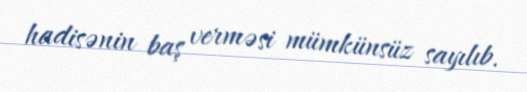
hadisənin baş verməsi mümkünsüz sayılıb.